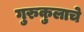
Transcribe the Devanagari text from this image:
गुरुकुलाचे